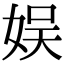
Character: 娱